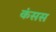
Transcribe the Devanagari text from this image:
कंसस